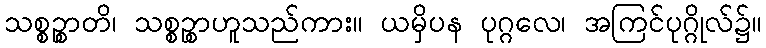
သစ္စဉ္စာတိ၊ သစ္စဉ္စာဟူသည်ကား။ ယမှိပန ပုဂ္ဂလေ၊ အကြင်ပုဂ္ဂိုလ်၌။